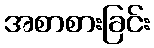
အစာစားခြင်း